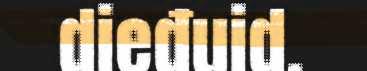
dieđuid.